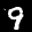
Digit: 9